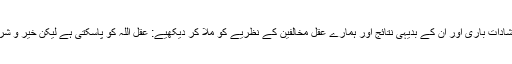
اب ذرا ارشاداتِ باری اور ان کے بدیہی نتائج اور ہمارے عقل مخالفین کے نظریے کو ملا کر دیکھیے: عقل اللہ کو پاسکتی ہے لیکن خیر و شر کو نہیں!